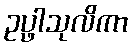
ဥပ္ဖါသုလိကာ